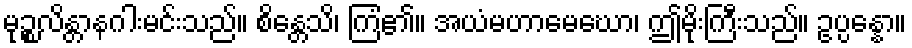
မုဉ္စလိန္တာနဂါးမင်းသည်။ စိန္တေသိ၊ ကြံ၏။ အယံမဟာမေဃော၊ ဤမိုးကြီးသည်။ ဥပ္ပန္နော။